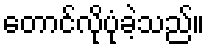
တောင်လိုပုံခဲ့သည်။